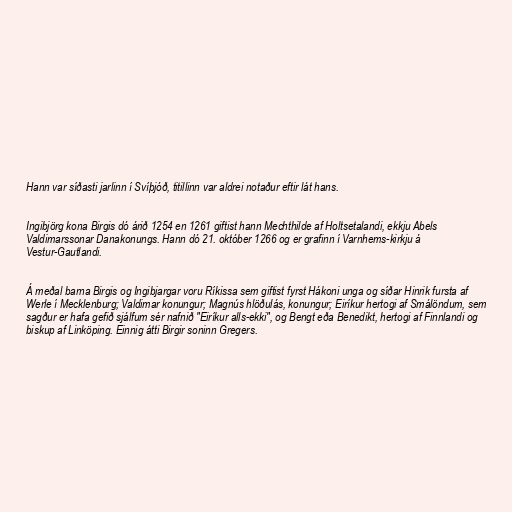
Hann var síðasti jarlinn í Svíþjóð, titillinn var aldrei notaður eftir lát hans.

Ingibjörg kona Birgis dó árið 1254 en 1261 giftist hann Mechthilde af Holtsetalandi, ekkju Abels
Valdimarssonar Danakonungs. Hann dó 21. október 1266 og er grafinn í Varnhems-kirkju á
Vestur-Gautlandi.

Á meðal barna Birgis og Ingibjargar voru Ríkissa sem giftist fyrst Hákoni unga og síðar Hinrik fursta af
Werle í Mecklenburg; Valdimar konungur; Magnús hlöðulás, konungur; Eiríkur hertogi af Smálöndum, sem
sagður er hafa gefið sjálfum sér nafnið "Eiríkur alls-ekki", og Bengt eða Benedikt, hertogi af Finnlandi og
biskup af Linköping. Einnig átti Birgir soninn Gregers.